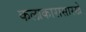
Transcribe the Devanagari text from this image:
कलाकारासारखे